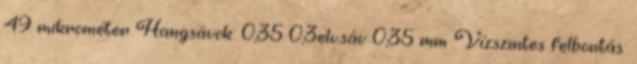
49 mikrométer Hangsávok: 0,35 0,3elv.sáv 0,35 mm Vízszintes felbontás: